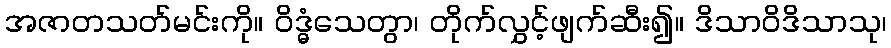
အဇာတသတ်မင်းကို။ ဝိဒ္ဓံသေတွာ၊ တိုက်လွှင့်ဖျက်ဆီး၍။ ဒိသာဝိဒိသာသု၊